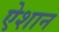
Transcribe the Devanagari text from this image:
ऐशान